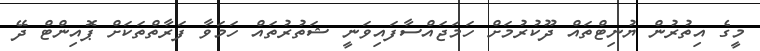
މީގެ އިތުރުން ޔުނިޓްތައް ދޫކުރުމަށް ހަމަޖައްސާފައިވަނީ ޝަތުރުތައް ހަމަވާ ފަރާތްތަކަށް ޕޮއިންޓް ދޭ